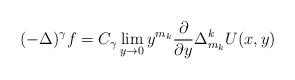
LaTeX: \begin{align*}(-\Delta)^\gamma f = C_{\gamma}\lim_{y\to0} y^{m_k}\frac{\partial}{\partial y}\Delta_{m_k}^kU(x,y)\end{align*}